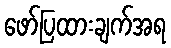
ဖော်ပြထားချက်အရ